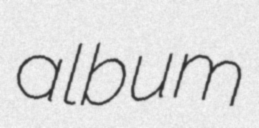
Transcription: album